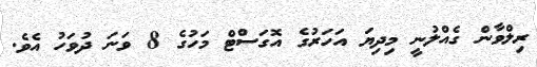
ރިލްވާން ގެއްލުނީ މިދިޔަ އަހަރުގެ އޮގަސްޓް މަހުގެ 8 ވަނަ ދުވަހު އެވެ.